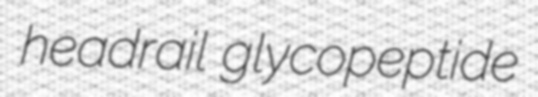
headrail glycopeptide